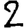
Digit: 2